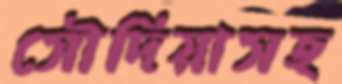
সৌদিয়াসহ